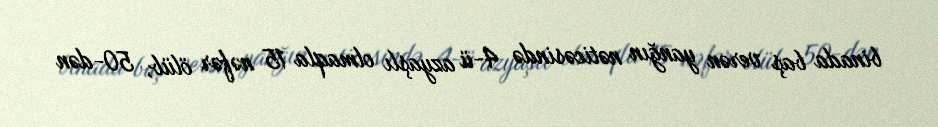
binada baş verən yanğın nəticəsində 4-ü azyaşlı olmaqla 15 nəfər ölüb, 50-dən